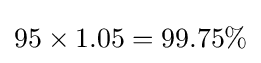
95\times 1.05=99.75\%